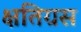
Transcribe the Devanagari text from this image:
क्षतिग्रस